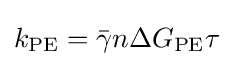
k_{\mathrm {PE} }={\bar {\gamma }}n\Delta G_{\mathrm {PE} }\tau